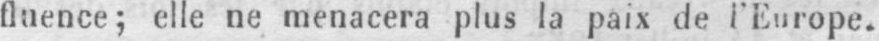
fluence; elle ne menacera plus la paix de l’Europe.